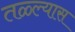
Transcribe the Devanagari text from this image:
तळ्ल्यास